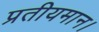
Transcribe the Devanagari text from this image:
प्रतीयमान।